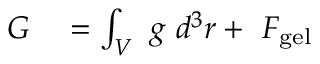
\begin{array} { r l } { G } & { { } = \int _ { V } ~ g ~ d ^ { 3 } r + ~ F _ { \mathrm { g e l } } } \end{array}